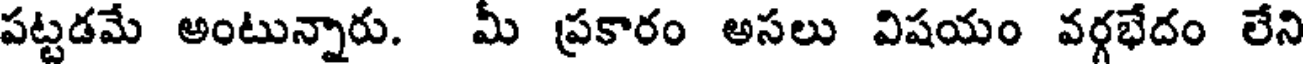
పట్టడమే అంటున్నారు. మీ ప్రకారం అసలు విషయం వర్గభేదం లేని